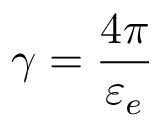
\displaystyle { \gamma = \frac { 4 \pi } { \varepsilon _ { e } } }